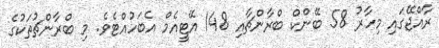
ރާއްޖޭގައި މިހާރު 58 ބޭންކް ބްރާންޗާއި 148 އޭޓީއެމް އެބަހުއްޓެވެ. މި ބްރާންޗުތަކުގެ